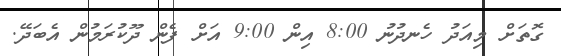
ގޮތަށް މިއަދު ހެނދުނު 8:00 އިން 9:00 އަށް ފެން ދޫކުރަމުން އެބަދޭ.